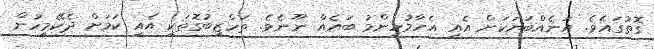
ގޮތުގައެވެ. އަނެއްބަޔަކަށް އެއީ އެހާމުހިންމު ބައެއް ނޫނެވެ. ތަހްޒީބުގޮތަކީ އެއީ ކަމަށް ދެކޭމީހުން